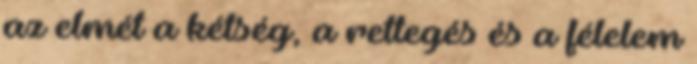
az elmét a kétség, a rettegés és a félelem